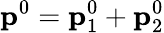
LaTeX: \mathbf{p}^{0}=\mathbf{p}_{1}^{0}+\mathbf{p}_{2}^{0}